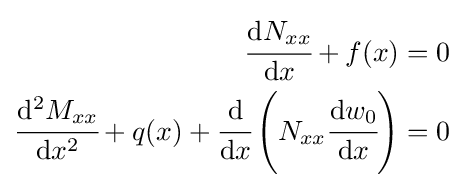
{\begin{aligned}{\cfrac {\mathrm {d} N_{xx}}{\mathrm {d} x}}+f(x)&=0\\{\cfrac {\mathrm {d} ^{2}M_{xx}}{\mathrm {d} x^{2}}}+q(x)+{\cfrac {\mathrm {d} }{\mathrm {d} x}}\left(N_{xx}{\cfrac {\mathrm {d} w_{0}}{\mathrm {d} x}}\right)&=0\end{aligned}}